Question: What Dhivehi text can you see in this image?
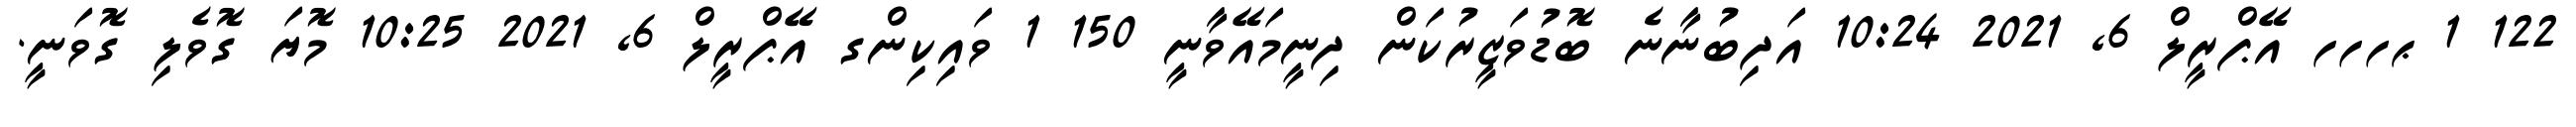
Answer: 122 1 ޙހހހ އޭޕްރީލް 6, 2021 10:24 އަދިބުނާނެ ބޮޑުވަޒީރުކަން ދިނީމައޭވާނީ 150 1 ވައިކިންގ އޭޕްރީލް 6, 2021 10:25 މޮޔަ ގޮވެލި ގޮވަނީ.